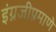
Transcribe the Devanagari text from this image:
इंग्रजीप्रमाणे